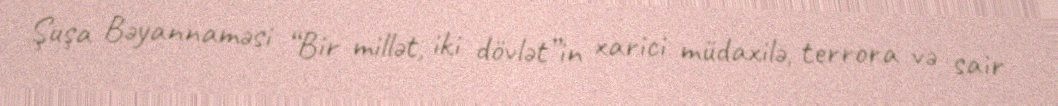
Şuşa Bəyannaməsi “Bir millət, iki dövlət”in xarici müdaxilə, terrora və sair